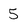
Character: 5